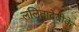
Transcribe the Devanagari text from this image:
ललितादेवीके